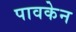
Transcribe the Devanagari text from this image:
पावकेन